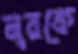
নূরকে